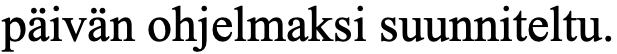
päivän ohjelmaksi suunniteltu.